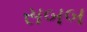
સબબ